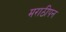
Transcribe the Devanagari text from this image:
मराठीपन